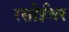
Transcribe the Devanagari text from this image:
रसोईधर